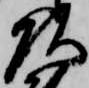
頭